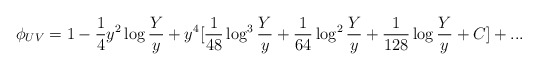
\begin{align*}\phi_{UV} = 1 - {1 \over 4}y^2\log{Y \over y} + y^4[{1 \over 48}\log^3{Y \over y}+{1 \over 64}\log^2{Y \over y}+{1 \over 128}\log {Y \over y}+C]+...\end{align*}